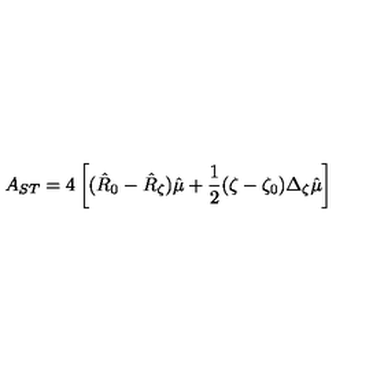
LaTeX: A _ { S T } = 4 \left[ ( \hat { R } _ { 0 } - \hat { R } _ { \zeta } ) \hat { \mu } + \frac { 1 } { 2 } ( \zeta - \zeta _ { 0 } ) \Delta _ { \zeta } \hat { \mu } \right]